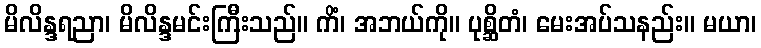
မိလိန္ဒရညာ၊ မိလိန္ဒမင်းကြီးသည်။ ကိံ၊ အဘယ်ကို။ ပုစ္ဆိတံ၊ မေးအပ်သနည်း။ မယာ၊